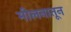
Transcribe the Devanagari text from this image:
मीलनातून